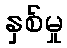
နှစ်မှု